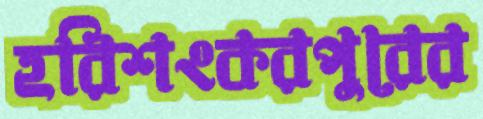
হরিশংকরপুরের